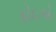
ફોઇએ